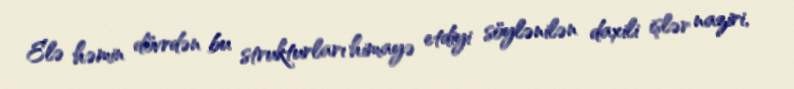
Elə həmin dövrdən bu strukturları himayə etdiyi söylənilən daxili işlər naziri,